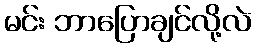
မင်း ဘာပြောချင်လို့လဲ